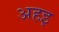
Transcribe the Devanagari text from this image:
अहइ